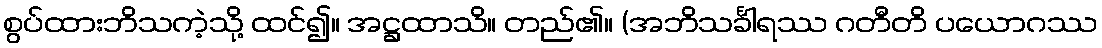
စွပ်ထားဘိသကဲ့သို့ ထင်၍။ အဋ္ဌထာသိ။ တည်၏။ (အဘိသင်္ခါရဿ ဂတီတိ ပယောဂဿ